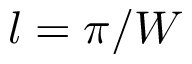
l = \pi / W